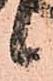
候